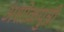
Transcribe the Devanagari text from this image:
अशोकपुत्री